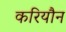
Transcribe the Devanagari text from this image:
करियौन